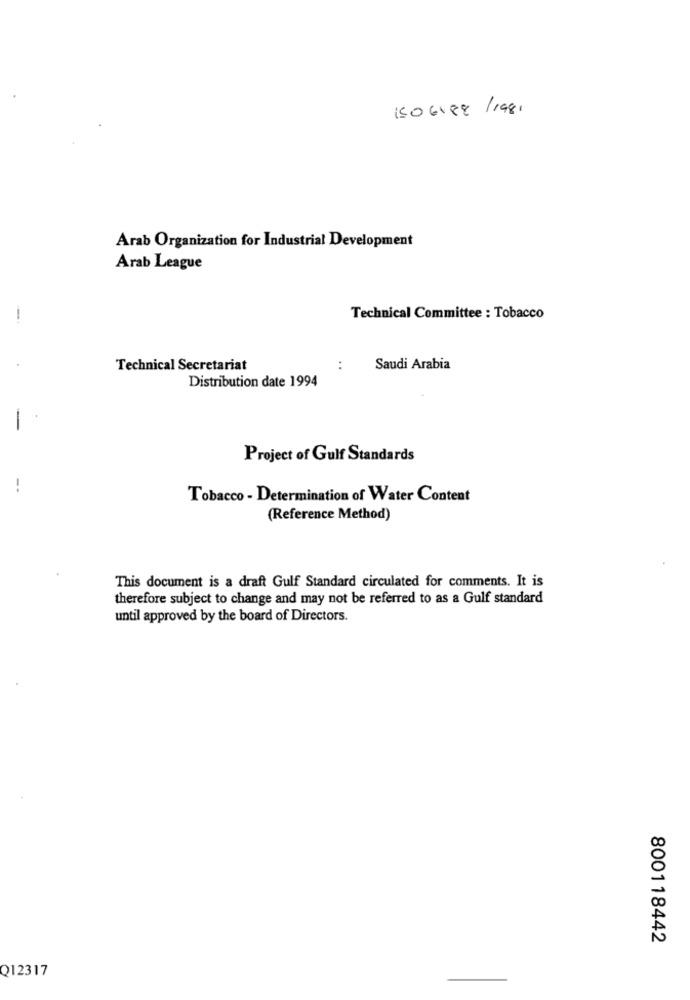
1506188 /1981
Arab Organization for Industrial Development
Arab League
Technical Committee : Tobacco
Technical Secretariat
Saudi Arabia
Distribution date 1994
Project of Gulf Standards
Tobacco - Determination of Water Content
(Reference Method)
This document is a draft Gulf Standard circulated for comments. It is
therefore subject to change and may not be referred to as a Gulf standard
until approved by the board of Directors.
800118442
Q12317